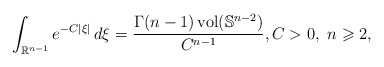
\begin{align*} \int_{\mathbb{R}^{n-1}}e^{-C|\xi|}\,d\xi = \frac{\Gamma(n-1)\operatorname{vol}(\mathbb{S}^{n-2})}{C^{n-1}},C>0,\ n\geqslant 2,\end{align*}